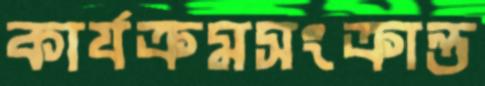
কার্যক্রমসংক্রান্ত